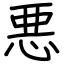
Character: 悪